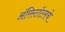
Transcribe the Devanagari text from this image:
ॲरिस्टॉटलचे